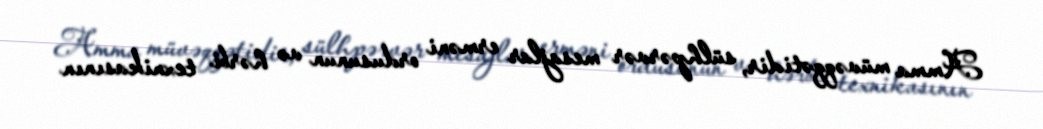
Amma müvəqqətidir, sülhpərvər mesajlar erməni ordusunun və hərbi texnikasının